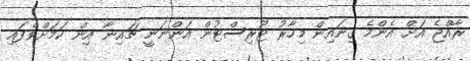
ރާއްޖެ އަށް އެންމެ ގިނައިން މިހާރު ޓޫރިސްޓުން އަންނަނީ ޗައިނާ އިން ކަމަށްވެފައި